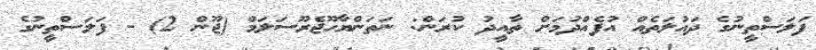
ފަލަސްތީނުގެ ދައުލަތެއް އުފެއްދުމަށް ތާއީދު ކުރަން: ނަތަންޔާހޫޖެރޫސަލަމް (ޖޫން 2) - ފަލަސްތީނުގެ